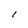
Character: I